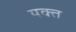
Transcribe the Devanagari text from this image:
यक्त